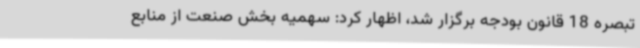
تبصره 18 قانون بودجه برگزار شد، اظهار کرد: سهمیه بخش صنعت از منابع